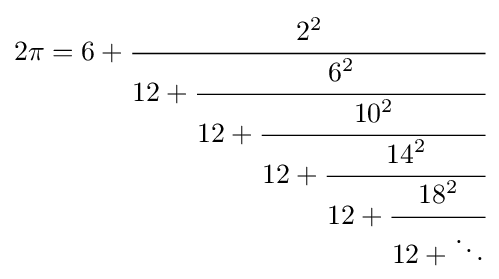
2\pi ={6+{\cfrac {2^{2}}{12+{\cfrac {6^{2}}{12+{\cfrac {10^{2}}{12+{\cfrac {14^{2}}{12+{\cfrac {18^{2}}{12+\ddots }}}}}}}}}}}